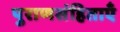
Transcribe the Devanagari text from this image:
पुराणसंहिताएँ